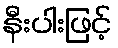
နီးပါးဖြင့်